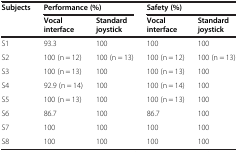
<table><thead><tr><td><b>Subjects</b></td><td colspan="2"><b>Performance (%)</b></td><td colspan="2"><b>Safety (%)</b></td></tr><tr><td><b> </b></td><td><b>Vocal interface</b></td><td><b>Standard joystick</b></td><td><b>Vocal interface</b></td><td><b>Standard joystick</b></td></tr></thead><tbody><tr><td>S1</td><td>93.3</td><td>100</td><td>100</td><td>100</td></tr><tr><td>S2</td><td>100 (n = 12)</td><td>100 (n = 13)</td><td>100 (n = 12)</td><td>100 (n = 13)</td></tr><tr><td>S3</td><td>100 (n = 13)</td><td>100</td><td>100 (n = 13)</td><td>100</td></tr><tr><td>S4</td><td>92.9 (n = 14)</td><td>100</td><td>100 (n = 14)</td><td>100</td></tr><tr><td>S5</td><td>100 (n = 13)</td><td>100</td><td>100 (n = 13)</td><td>100</td></tr><tr><td>S6</td><td>86.7</td><td>100</td><td>86.7</td><td>100</td></tr><tr><td>S7</td><td>100</td><td>100</td><td>100</td><td>100</td></tr><tr><td>S8</td><td>100</td><td>100</td><td>100</td><td>100</td></tr></tbody></table>